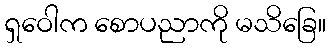
ရှဝေါက စောပညာကို မသိခြေ။